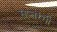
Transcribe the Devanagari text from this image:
सप्‍तरंगी